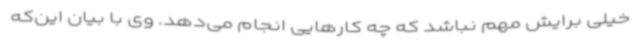
خیلی برایش مهم نباشد که چه کارهایی انجام می‌دهد. وی با بیان این‌که